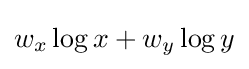
w_{x}\log {x}+w_{y}\log {y}